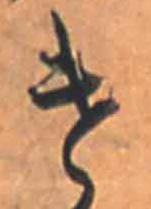
け